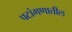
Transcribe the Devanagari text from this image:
पटांगणातील